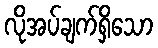
လိုအပ်ချက်ရှိသော